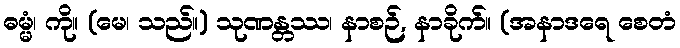
ဓမ္မံ၊ ကို။ (မေ၊ သည်။) သုဏန္တဿ၊ နာစဉ်, နာခိုက်။ (အနာဒရေ စေတံ